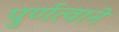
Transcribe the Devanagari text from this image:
पुर्णत्वाने